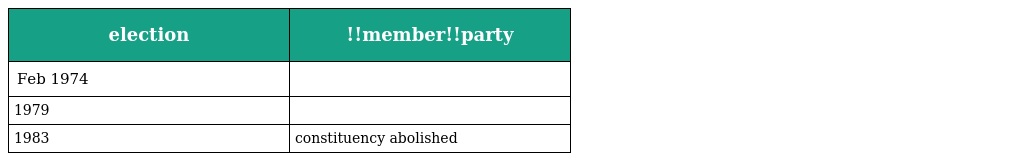
| election | !!member!!party |
 | --- | --- |
 | Feb 1974 |  |
 | 1979 |  |
 | 1983 | constituency abolished |